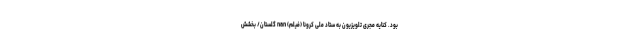
بود. کنایه مجری تلویزیون به ستاد ملی کرونا (فیلم) nan گلستان/ بخشش